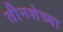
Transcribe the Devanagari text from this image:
तीनशेच्या